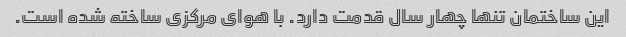
این ساختمان تنها چهار سال قدمت دارد. با هوای مرکزی ساخته شده است.